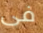
فى